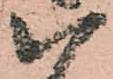
八